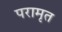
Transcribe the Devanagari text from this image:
परामृत